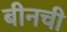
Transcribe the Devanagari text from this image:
बीनची